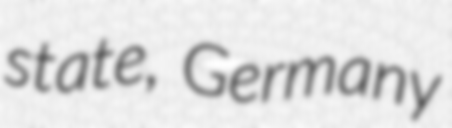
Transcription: state, Germany